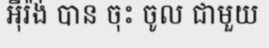
អ៊ីរ៉ង់ បាន ចុះ ចូល ជាមួយ